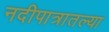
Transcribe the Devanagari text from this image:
नदीपात्रातल्या